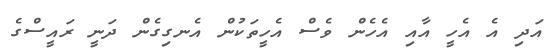
އަދި އެ އެހީ އާއި އެހެން ވެސް އެހީތަކުން އެނގިގެން ދަނީ ރައީސްގެ